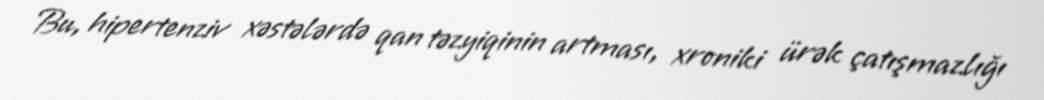
Bu, hipertenziv xəstələrdə qan təzyiqinin artması, xroniki ürək çatışmazlığı